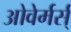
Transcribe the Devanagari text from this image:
ओवेर्मर्स्